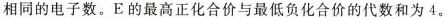
相同的电子数。E的最高正化合价与最低负化合价的代数和为4。